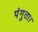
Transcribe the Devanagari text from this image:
पंगुता।